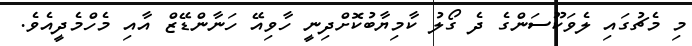
މި މެޗުގައި ލެވަކޫސަންގެ ދެ ގޯލު ކާމިޔާބުކޮށްދިނީ ހާވިއޭ ހަނާންޑޭޒް އާއި މެހްމެދީއެވެ.